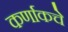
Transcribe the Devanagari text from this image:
कर्णाकचे